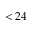
< 2 4